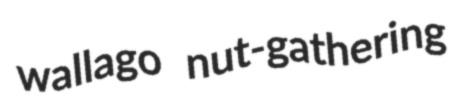
wallago nut-gathering